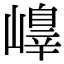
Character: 𡽁